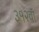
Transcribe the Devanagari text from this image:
३१२वॉ